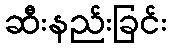
ဆီးနည်းခြင်း